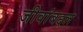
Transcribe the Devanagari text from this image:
जीवांबद्दल